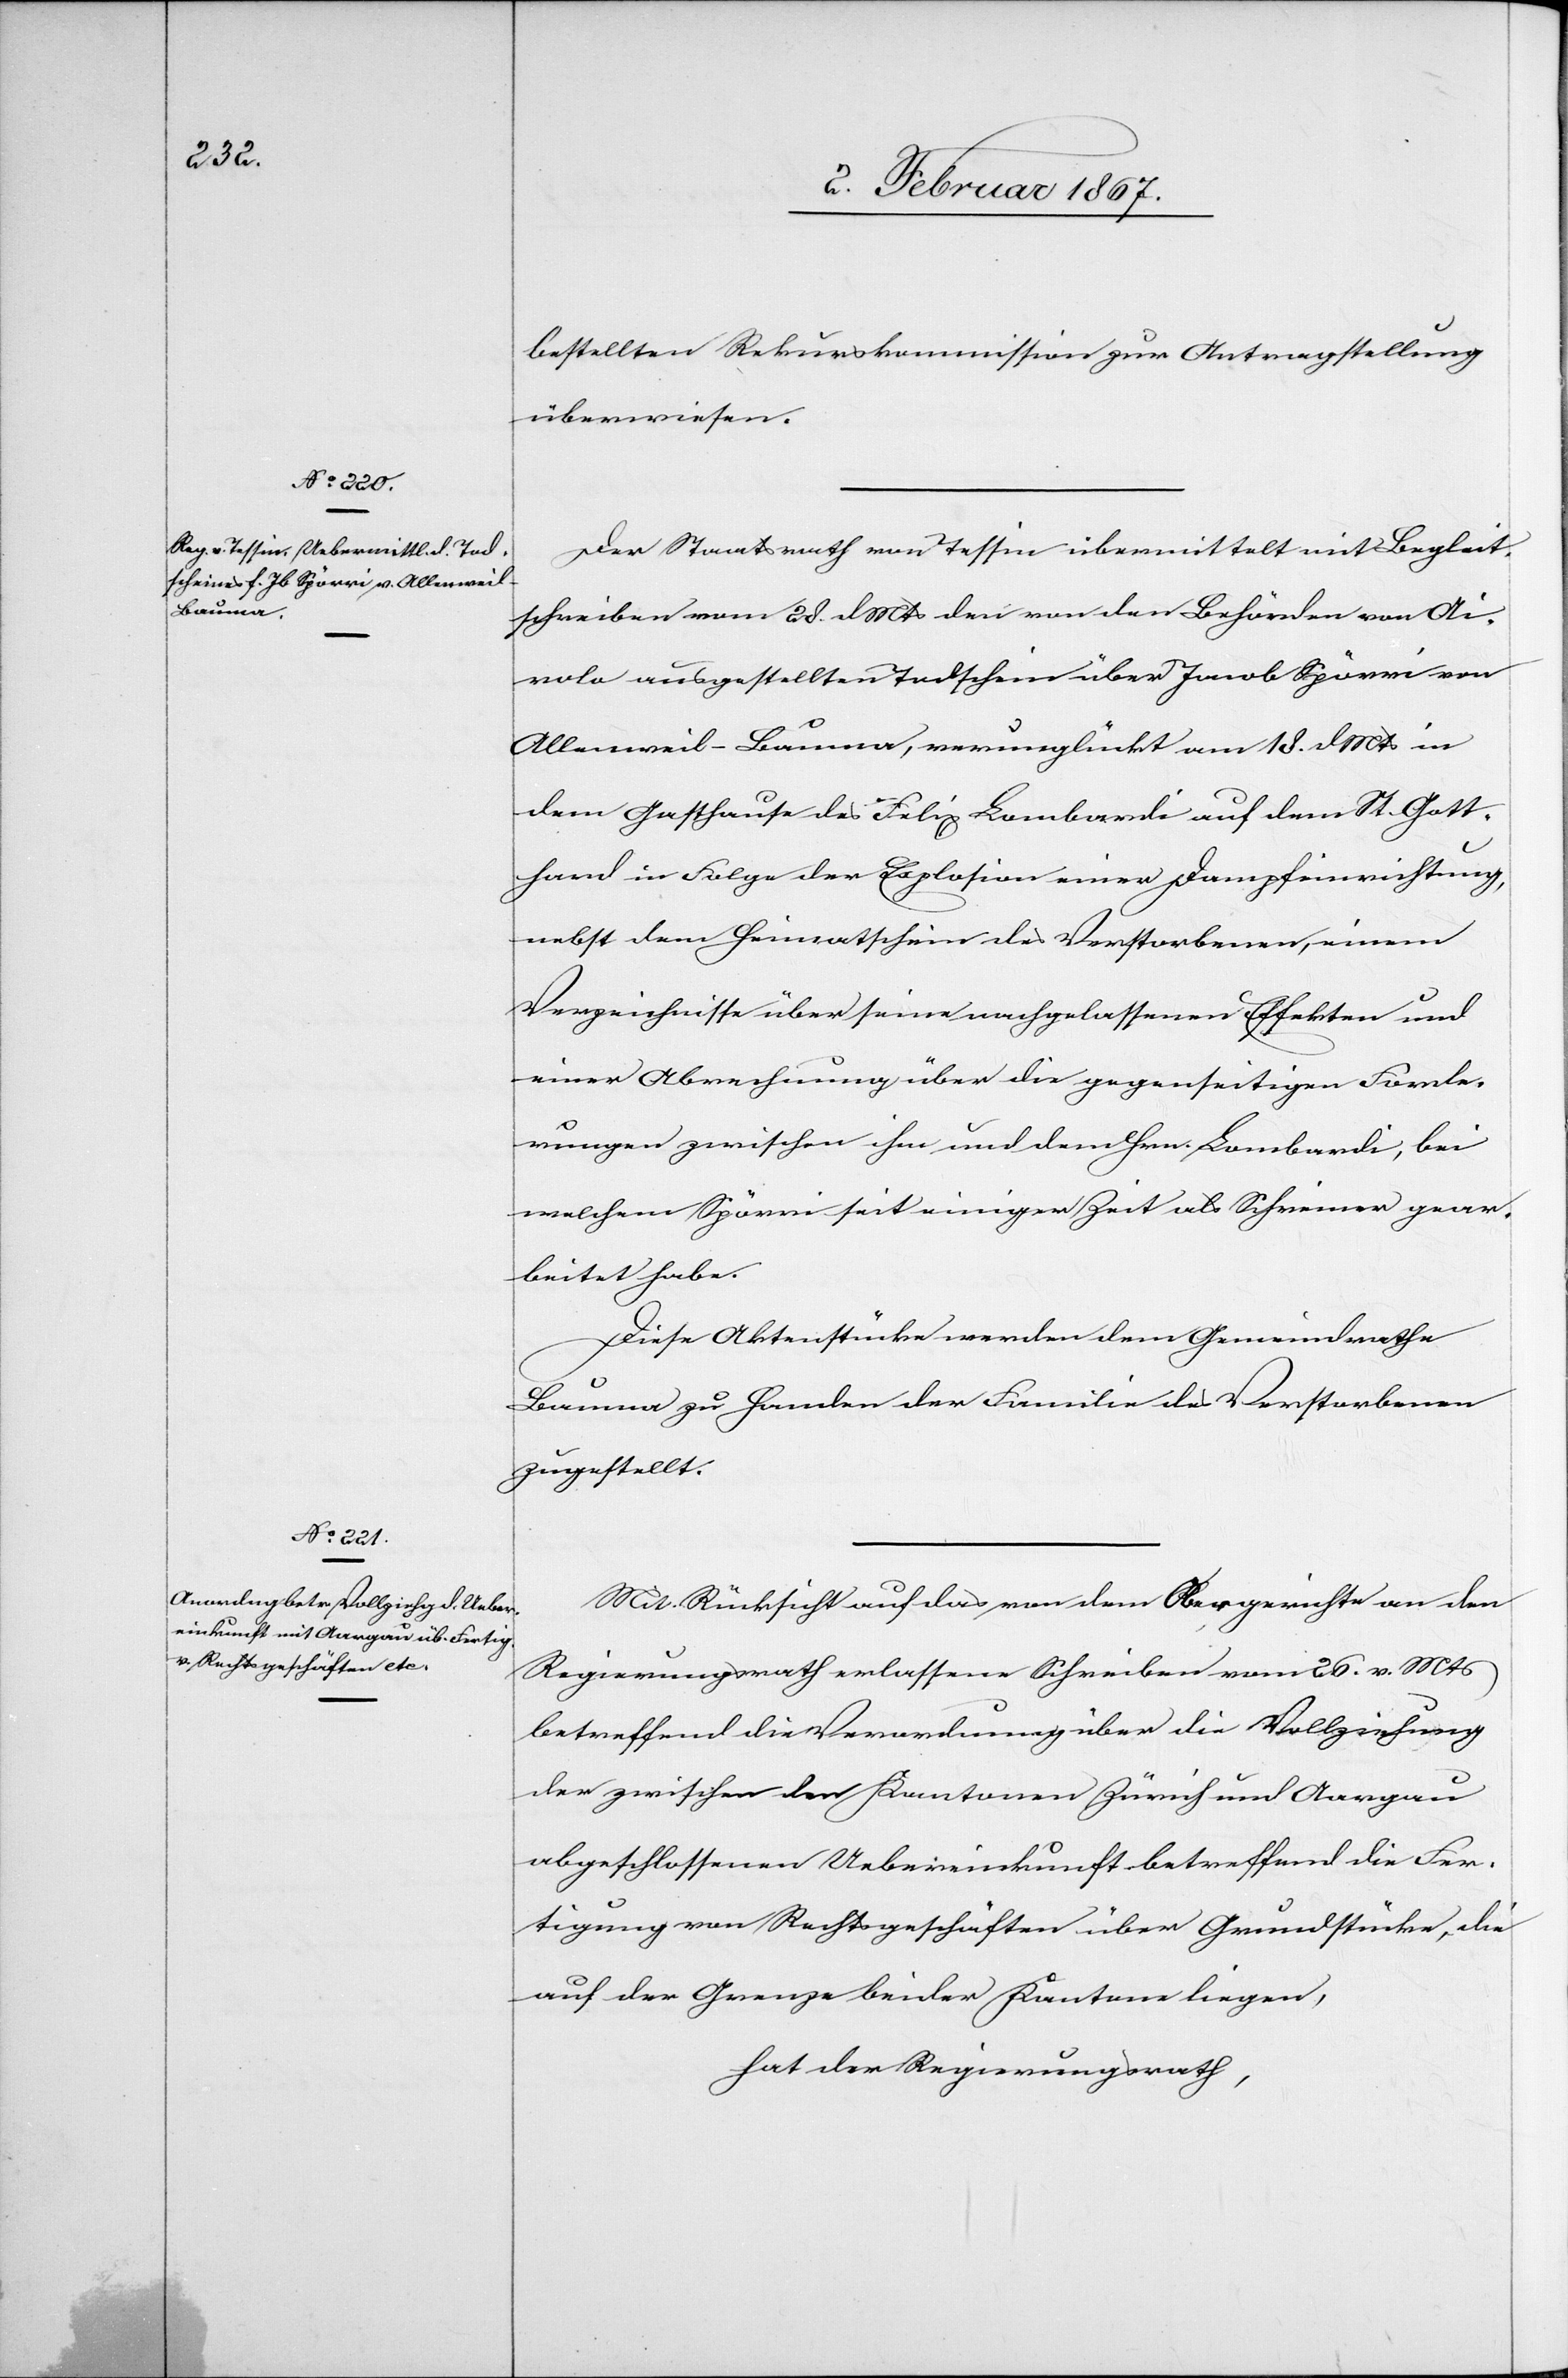
bestellten Rekurskommission zur Antragstellung
überwiesen.
Der Staatsrath von Tessin übermittelt mit Begleit¬
schreiben vom 28. d. Mts den von den Behörden von Ai¬
rolo ausgestellten Todschein über Jacob Spörri in
dem Gasthause des Felix Lombardi auf dem St. Gott¬
hard in Folge der Explosion einer Dampfeinrichtung,
nebst dem Heimatschein des Verstorbenen, einem
Verzeichnisse über seine nachgelassenen Effekten und
einer Abrechnung über die gegenseitigen Forde¬
rungen zwischen ihm und dem Hrn. Lombardi, bei
welchem Spörri seit einiger Zeit als Schreiner gear¬
beitet habe.
Diese Aktenstücke werden dem Gemeindrathe
Bauma zu Handen der Familie des Verstorbenen
zugestellt.
Mit Rücksicht auf das von dem Obergerichte an den
Regierungsrath erlassene Schreiben vom 26. v. Mts
betreffend die Verwendung über die Vollziehung
der zwischen den Kantonen Zürich und Aargau
abgeschlossenen Uebereinkunft betreffend die Fer¬
tigung von Rechtsgeschäften über Grundstücke, die
auf der Grenze beider Kantone liegen,
hat der Regierungsrath,